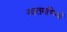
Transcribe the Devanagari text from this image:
रक्तमणियों